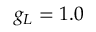
g _ { L } = 1 . 0